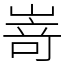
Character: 嵜